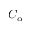
C _ { \alpha }